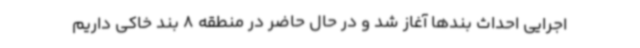
اجرایی احداث بندها آغاز شد و در حال حاضر در منطقه 8 بند خاکی داریم